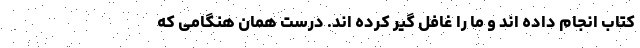
کتاب انجام داده اند و ما را غافل گیر کرده اند. درست همان هنگامی که